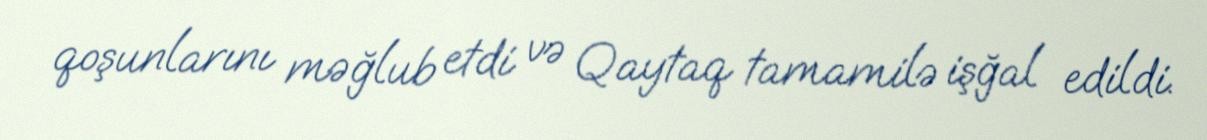
qoşunlarını məğlub etdi və Qaytaq tamamilə işğal edildi.